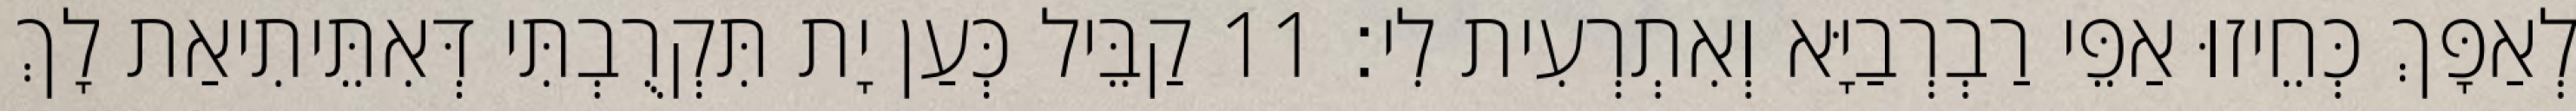
לְאַפָּךְ כְּחֵיזוּ אַפֵּי רַבְרְבַיָּא וְאִתְרְעִית לִי׃ 11 קַבֵּיל כְּעַן יָת תִּקְרֻבְתִּי דְּאִתֵּיתִיאַת לָךְ